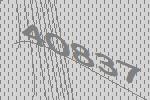
40837